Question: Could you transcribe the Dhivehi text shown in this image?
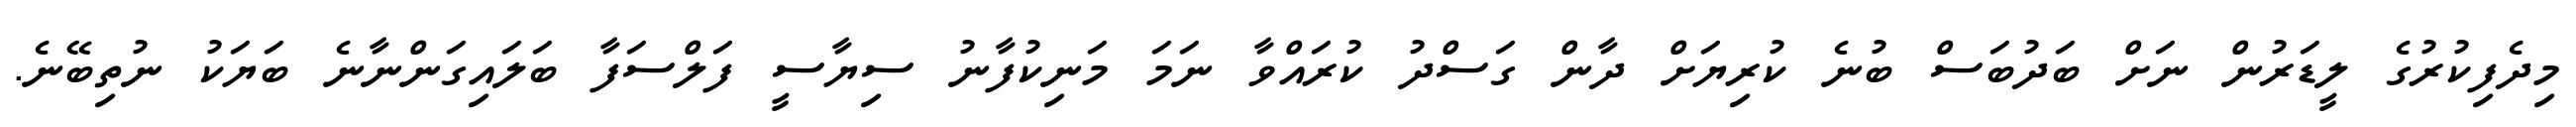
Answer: މިދެފިކުރުގެ ލީޑަރުން ނަށް ބަދުބަސް ބުނެ ކުރިޔަށް ދާން ގަސްދު ކުރައްވާ ނަމަ މަނިކުފާނު ސިޔާސީ ފަލްސަފާ ބަލައިގަންނާނެ ބަޔަކު ނުތިބޭނެ.